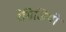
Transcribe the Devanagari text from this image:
रेमिजियो